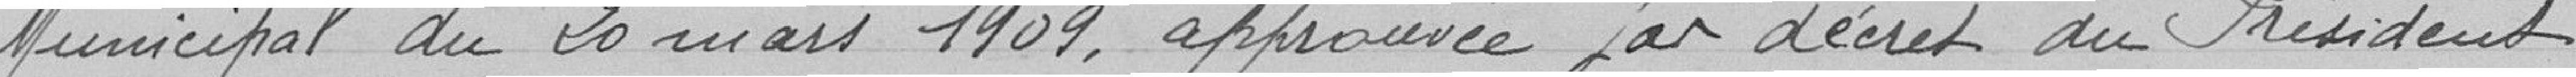
Les cases et places au marché couvert sont louées par ad-